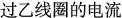
过乙线圈的电流